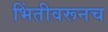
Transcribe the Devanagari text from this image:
भिंतीवरूनच